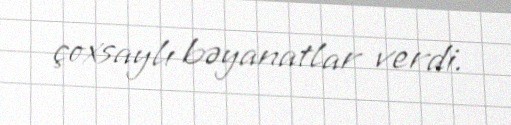
çoxsaylı bəyanatlar verdi.